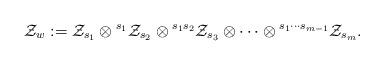
LaTeX: \begin{gather*}{\cal Z}_w :={\cal Z}_{s_1}\otimes {}^{s_1}{\cal Z}_{s_2}\otimes {}^{s_1s_2}{\cal Z}_{s_3}\otimes\cdots\otimes {}^{s_1\cdots s_{m-1}}{\cal Z}_{s_m}.\end{gather*}